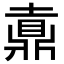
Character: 𪔄